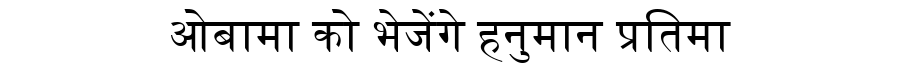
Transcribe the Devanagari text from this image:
ओबामा को भेजेंगे हनुमान प्रतिमा